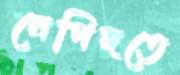
নেপিদতে